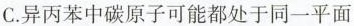
C.异丙苯中碳原子可能都处于同一平面